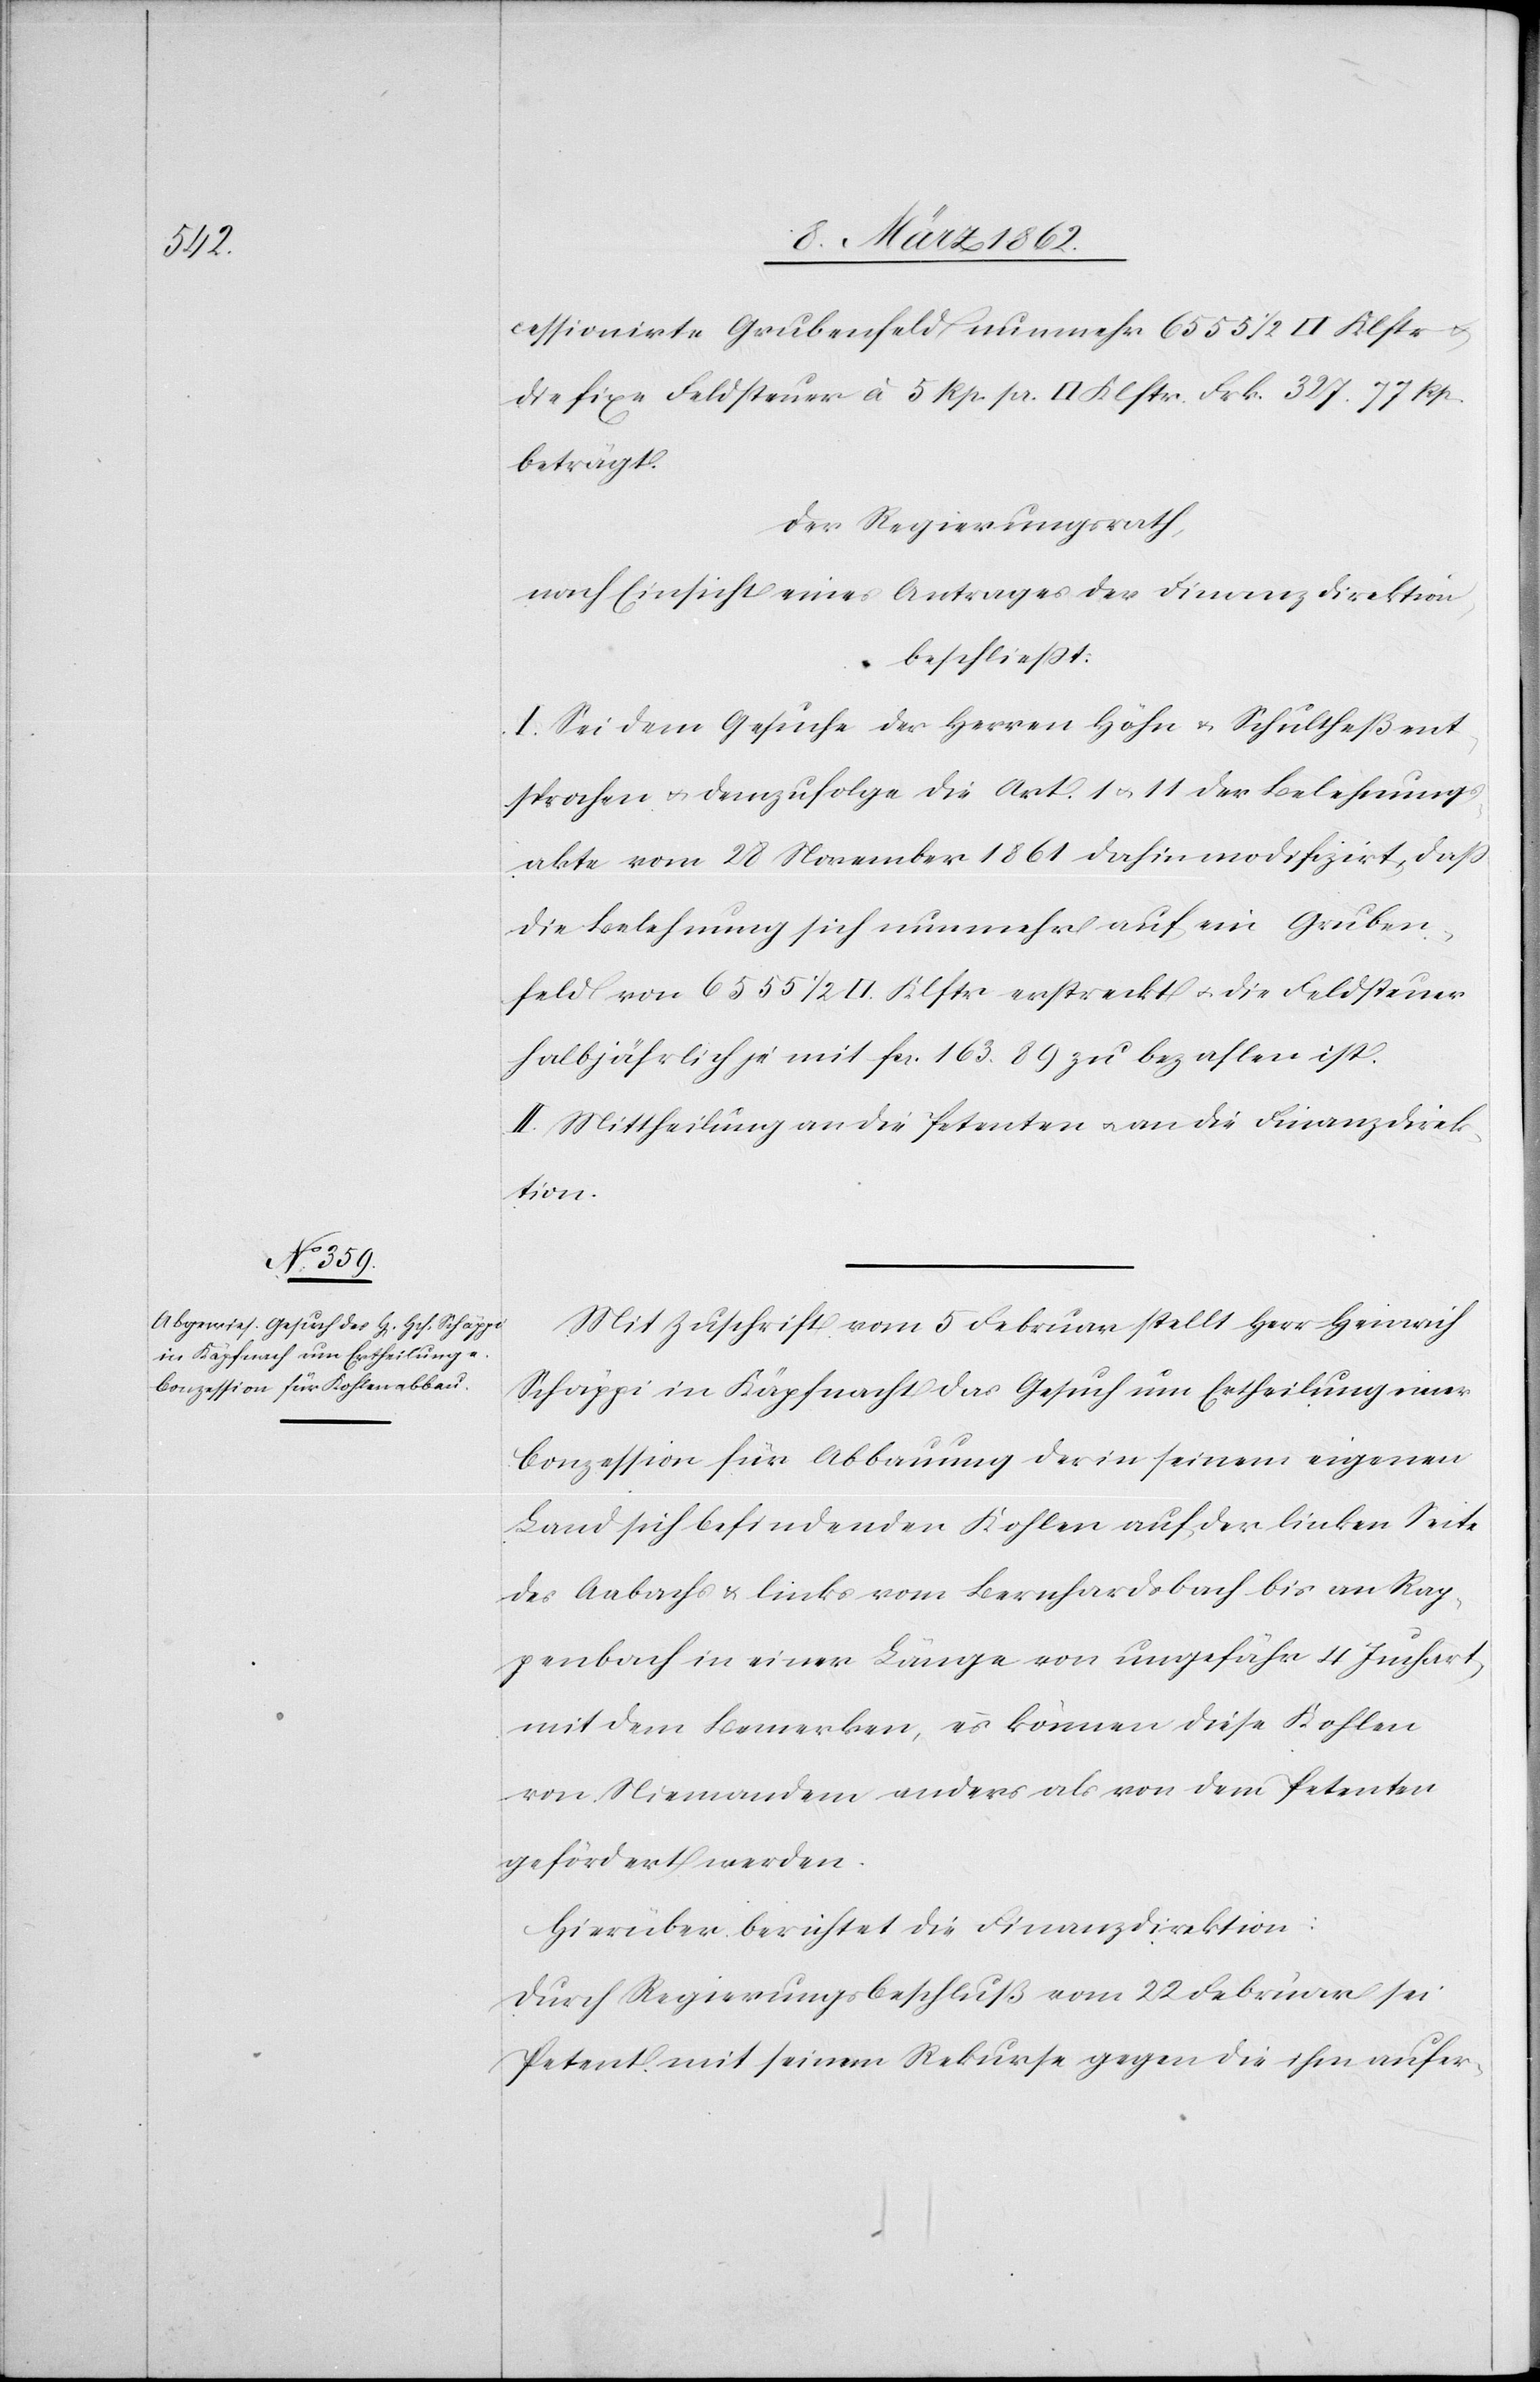
cessionirte Grubenfeld nunmehr 6555 1/2 [Quadrat] Klftr u.
die fixe Feldsteuer à 5 Rp. pr. [Quadrat] Klftr. Frk. 327. 77 Rp.
beträgt.
Der Regierungsrath,
nach Einsicht eines Antrages der Finanzdirektion,
beschließt:
I. Sei dem Gesuche der Herrn Höhn u. Schultheß ent¬
sprochen u. demzufolge die Art. 1 u. 11 der Belehnungs¬
akte vom 28 November 1861 dahin modifizirt, daß
die Belehnung sich nunmehr auf ein Gruben¬
feld von 6555 1/2 [Quadrat] Klftr erstreckt u. die Feldsteuer
halbjährlich je mit fcs. 163. 89 zu bezahlen ist.
II. Mittheilung an die Petenten u. an die Finanzdirek¬
tion.
Mit Zuschrift vom 5 Februar stellt Herr Heinrich
Schäppi in Käpfnach das Gesuch um Ertheilung einer
Conzession für Abbauung der in seinem eigenen
Land sich befindenden Kohlen auf der linken Seite
des Aabachs & links vom Bernhardsbach bis an Rap¬
penbach in einer Länge von ungefähr 4 Juchart
mit dem Bemerken, es können diese Kohlen
von Niemandem anders als von dem Petenten
gefördert werden.
Hierüber berichtet die Finanzdirektion:
Durch Regierungsbeschluß vom 22 Februar sei
Petent mit seinem Rekurse gegen die ihm aufer-